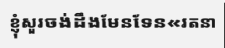
ខ្ញុំសួរចង់ដឹងមែនទែន«រតនា